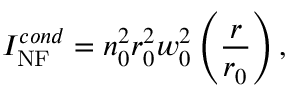
I _ { \mathrm { N F } } ^ { c o n d } = n _ { 0 } ^ { 2 } r _ { 0 } ^ { 2 } w _ { 0 } ^ { 2 } \left( \frac { r } { r _ { 0 } } \right) ,